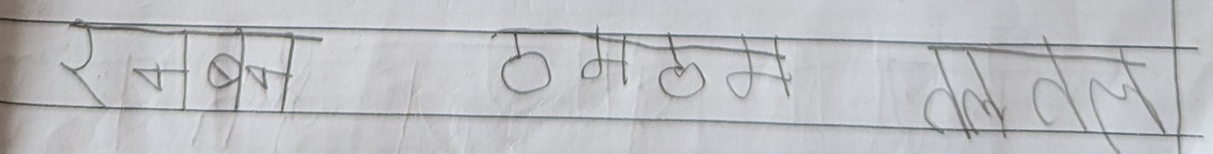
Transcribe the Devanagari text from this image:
रबन ठम तल